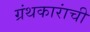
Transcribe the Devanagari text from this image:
ग्रंथकारांची